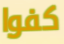
كفوا